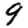
Digit: 9